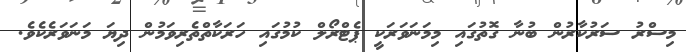
މިސްރު ސަރުކާރުން ބުނާ ގޮތުގައި މިމަނަވަރަކީ ޕެޓްރޯލް ކުމުގައި ހަރަކާތްތެރިވަމުން ދިޔަ މަނަވަރެކެވެ.